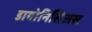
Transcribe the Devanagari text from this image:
डायोनिसिअस